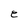
Character: e